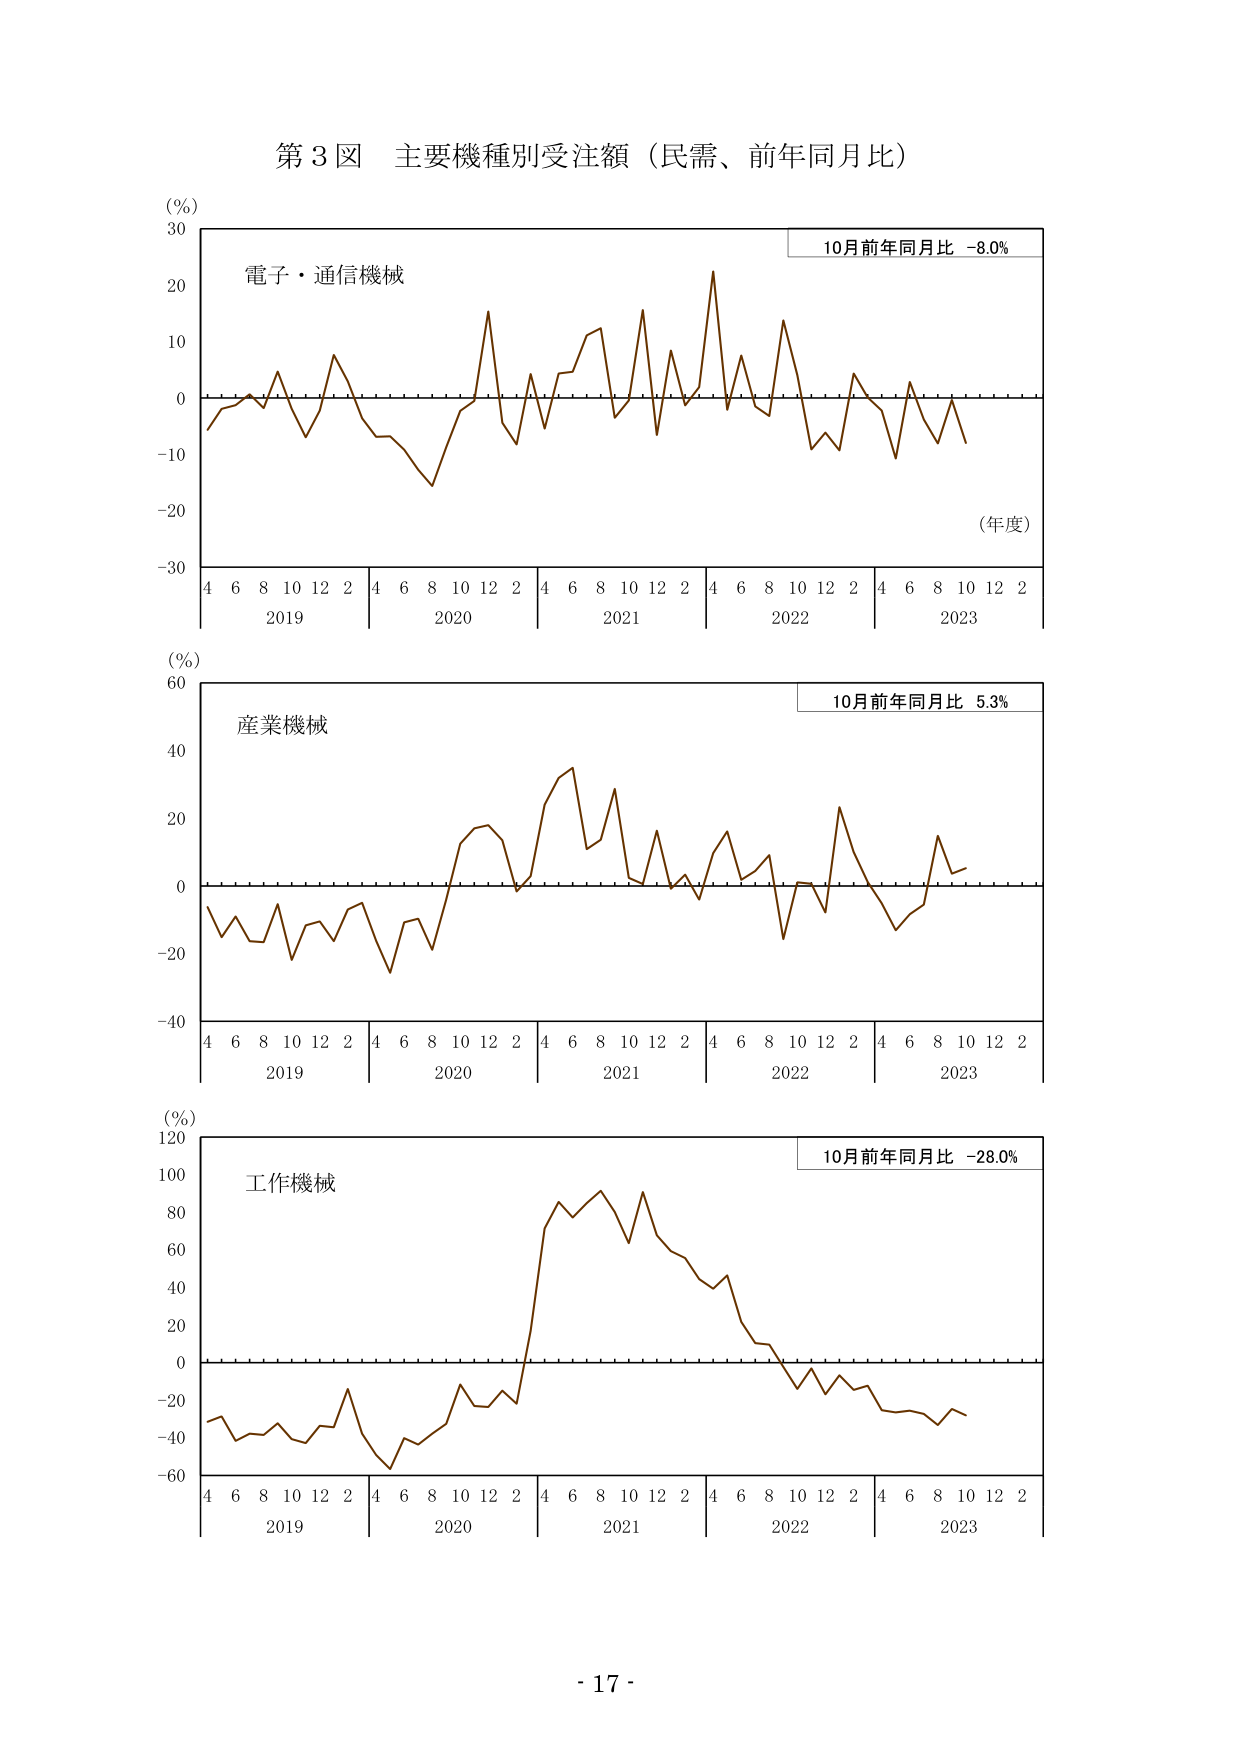
第3図 主要機種別受注額（民需、前年同月比）

(%)
30
20
10
0
-10
-20
-30

電子・通信機械

4 6 8 10 12 2
2019
4 6 8 10 12 2
2020
4 6 8 10 12 2
2021
4 6 8 10 12 2
2022
4 6 8 10 12 2
2023

(年度)
10月前年同月比 -8.0%

(%)
60
40
20
0
-20
-40

産業機械

4 6 8 10 12 2
2019
4 6 8 10 12 2
2020
4 6 8 10 12 2
2021
4 6 8 10 12 2
2022
4 6 8 10 12 2
2023

10月前年同月比 5.3%

(%)
120
100
80
60
40
20
0
-20
-40
-60

工作機械

4 6 8 10 12 2
2019
4 6 8 10 12 2
2020
4 6 8 10 12 2
2021
4 6 8 10 12 2
2022
4 6 8 10 12 2
2023

10月前年同月比 -28.0%

- 17 -